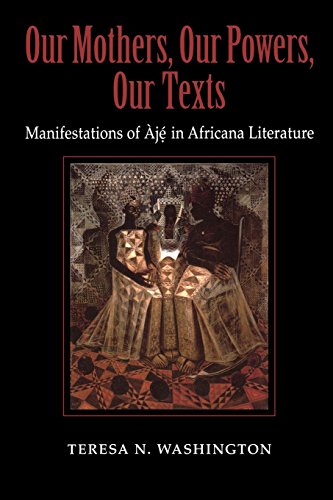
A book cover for Our Mothers, Our Powers, Our Texts: Manifestations of ÃjÃ© in Africana Literature (Blacks in the Diaspora); Teresa N. Washington; Literature & Fiction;